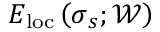
E _ { \mathrm { l o c } } \left( \boldsymbol { \sigma } _ { s } ; \mathcal { W } \right)